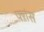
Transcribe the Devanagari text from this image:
फ्ऱांस